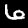
Label: 6